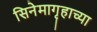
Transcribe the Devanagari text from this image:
सिनेमागृहाच्या